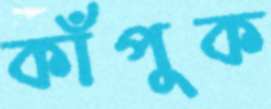
কাঁপুক